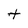
Character: t